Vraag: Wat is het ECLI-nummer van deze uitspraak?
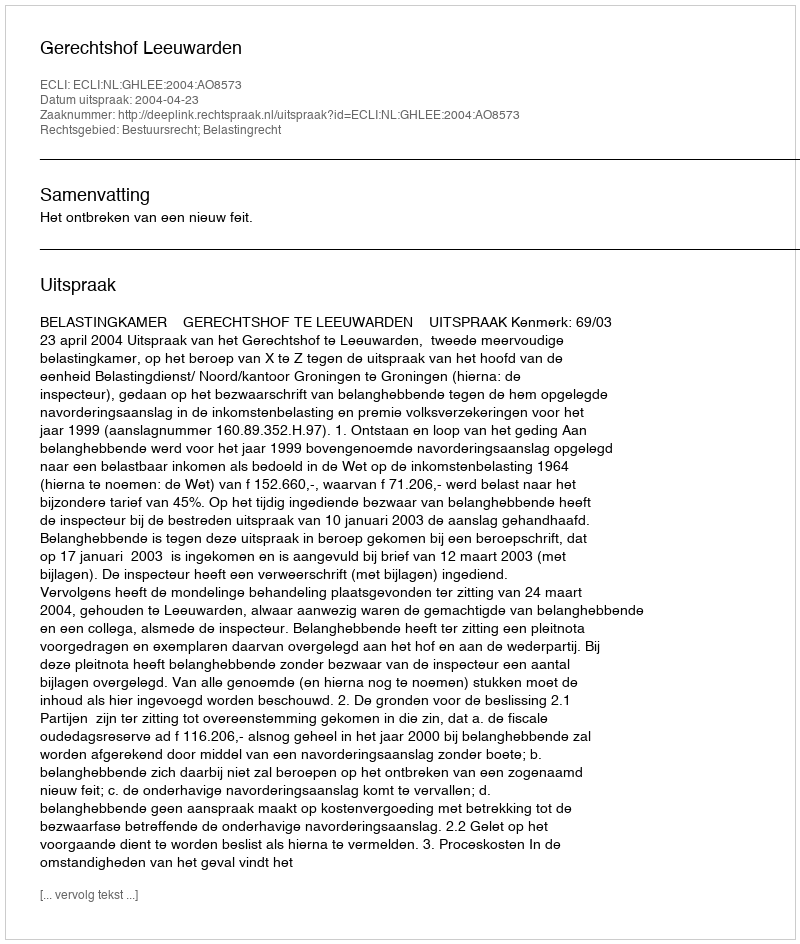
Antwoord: ECLI:NL:GHLEE:2004:AO8573